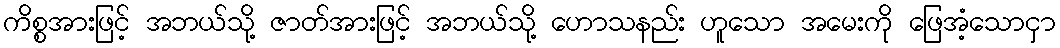
ကိစ္စအားဖြင့် အဘယ်သို့ ဇာတ်အားဖြင့် အဘယ်သို့ ဟောသနည်း ဟူသော အမေးကို ဖြေအံ့သောငှာ